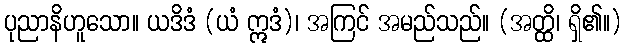
ပုညာနိဟူသော။ ယဒိဒံ (ယံ ဣဒံ)၊ အကြင် အမည်သည်။ (အတ္ထိ၊ ရှိ၏။)